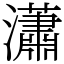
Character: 瀟